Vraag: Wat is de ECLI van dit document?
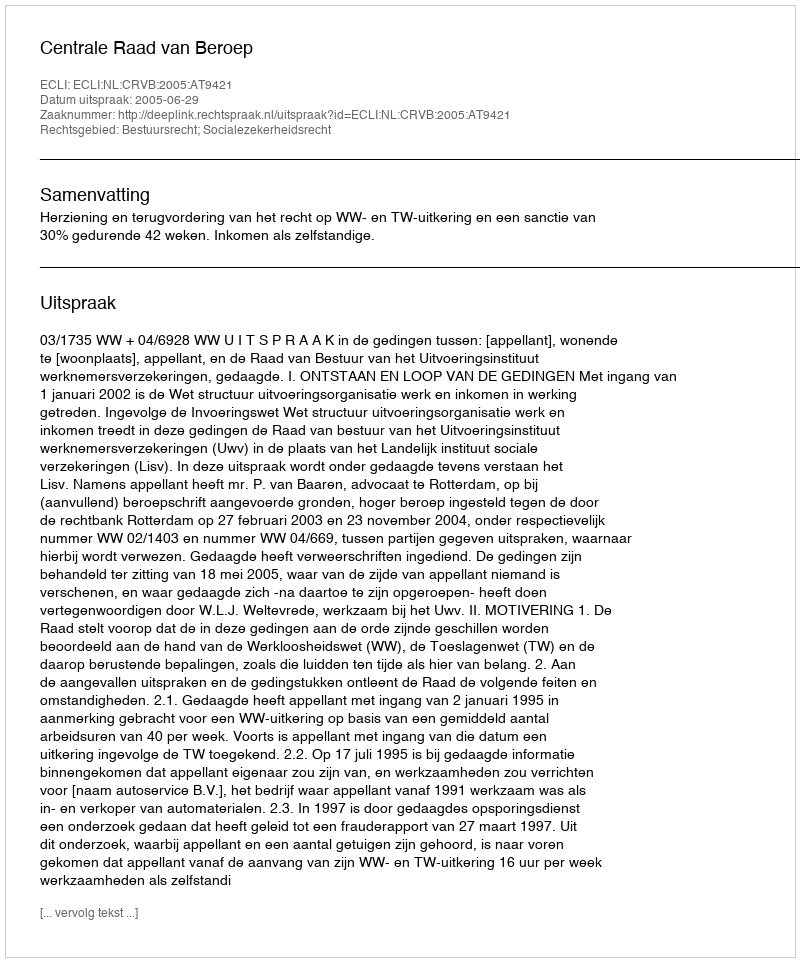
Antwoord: ECLI:NL:CRVB:2005:AT9421